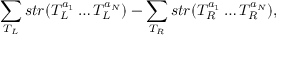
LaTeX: \sum _ { T _ { L } } s t r ( T _ { L } ^ { a _ { 1 } } \ldots T _ { L } ^ { a _ { N } } ) - \sum _ { T _ { R } } s t r ( T _ { R } ^ { a _ { 1 } } \ldots T _ { R } ^ { a _ { N } } ) ,